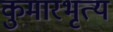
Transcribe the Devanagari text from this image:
कुमारभृत्य